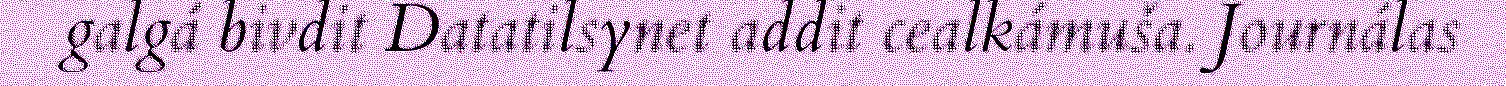
galgá bivdit Datatilsynet addit cealkámuša. Journálas